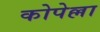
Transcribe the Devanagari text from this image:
कोपेल्ला